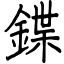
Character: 鍱